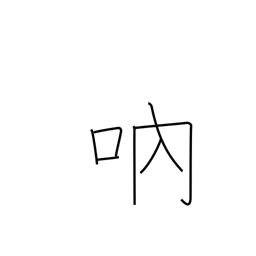
Meaning: stutter